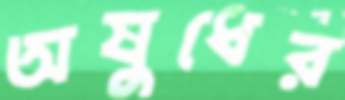
অষুধের